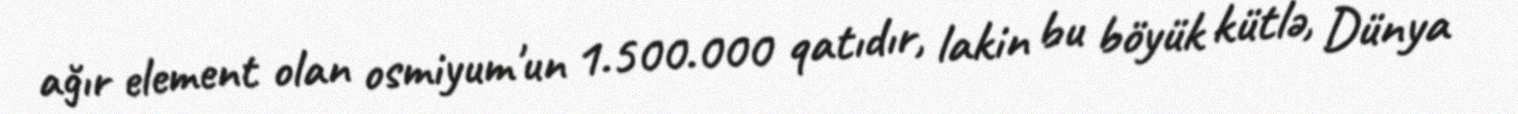
ağır element olan osmiyum'un 1.500.000 qatıdır, lakin bu böyük kütlə, Dünya